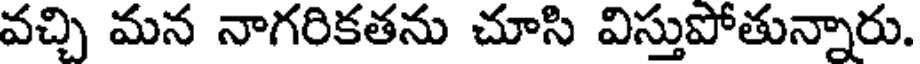
వచ్చి మన నాగరికతను చూసి విస్తుపోతున్నారు.